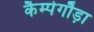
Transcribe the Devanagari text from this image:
कैम्पेगौड़ा